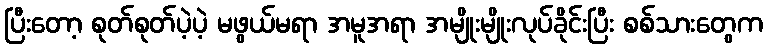
ပြီးတော့ စုတ်စုတ်ပဲ့ပဲ့ မဖွယ်မရာ အမူအရာ အမျိုးမျိုးလုပ်ခိုင်းပြီး စစ်သားတွေက